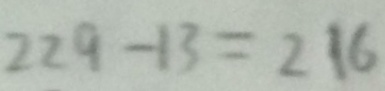
2 2 9 - 1 3 = 2 1 6